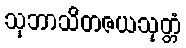
သုဘာသိတဇယသုတ္တံ